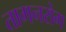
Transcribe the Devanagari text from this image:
तागनरोग